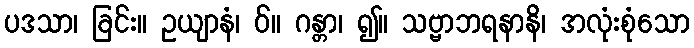
ပဒသာ၊ ခြင်း။ ဥယျာနံ၊ ဝ်။ ဂန္တာ၊ ၍။ သဗ္ဗာဘရနာနိ၊ အလုံးစုံသော